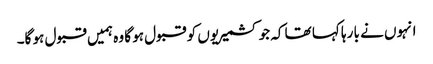
انہوں نے با رہا کہا تھا کہ جو کشمیریوں کو قبول ہو گا وہ ہمیں قبول ہو گا۔